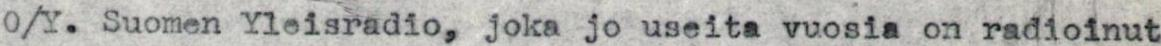
O/Y. Suomen Yleisradio, joka jo useita vuosia on radioinut